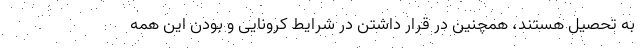
به تحصیل هستند، همچنین در قرار داشتن در شرایط کرونایی و بودن این همه